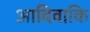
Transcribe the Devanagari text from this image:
आदिवाकि